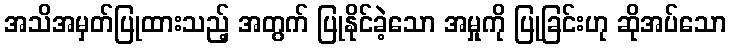
အသိအမှတ်ပြုထားသည့် အတွက် ပြုနိုင်ခဲ့သော အမှုကို ပြုခြင်းဟု ဆိုအပ်သော